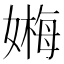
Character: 𡠫